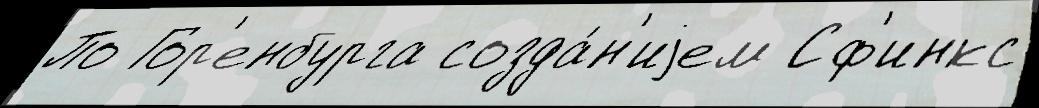
По Гор'енбурга созда́н'иjем Сф'инкс